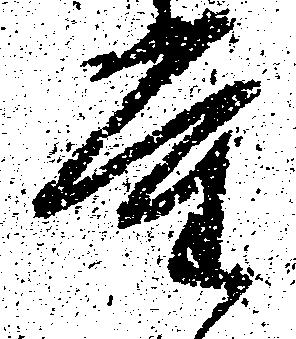
重